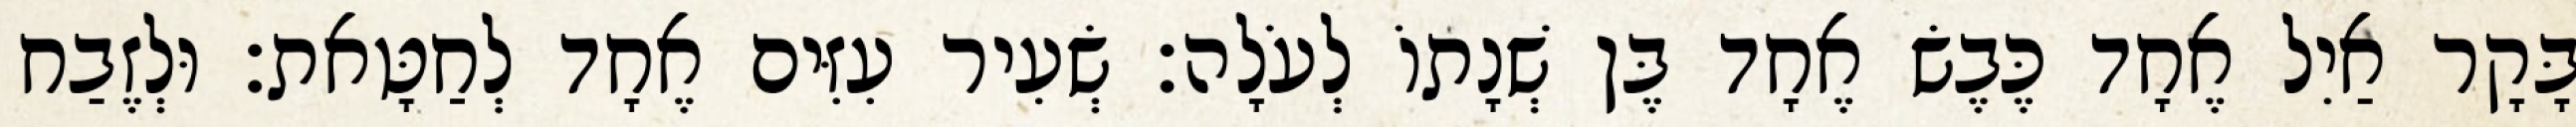
בָּקָר אַיִל אֶחָד כֶּבֶשׂ אֶחָד בֶּן שְׁנָתוֹ לְעֹלָה׃ שְׂעִיר עִזִּים אֶחָד לְחַטָּאת׃ וּלְזֶבַח